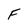
Character: F